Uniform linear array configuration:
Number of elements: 16
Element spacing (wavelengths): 0.25
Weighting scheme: exponential
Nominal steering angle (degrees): -15
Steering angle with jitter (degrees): -13.636
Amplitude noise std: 0.05
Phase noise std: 0.05

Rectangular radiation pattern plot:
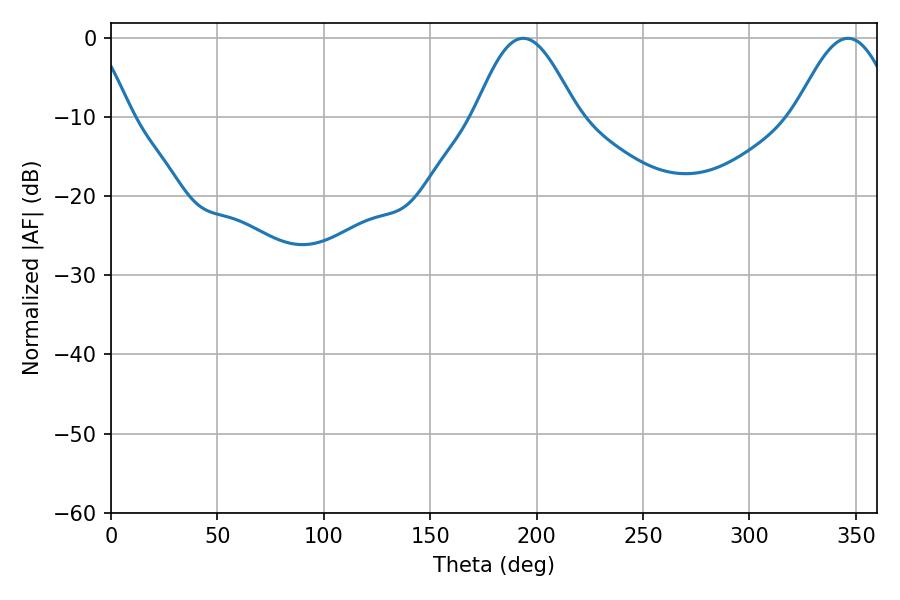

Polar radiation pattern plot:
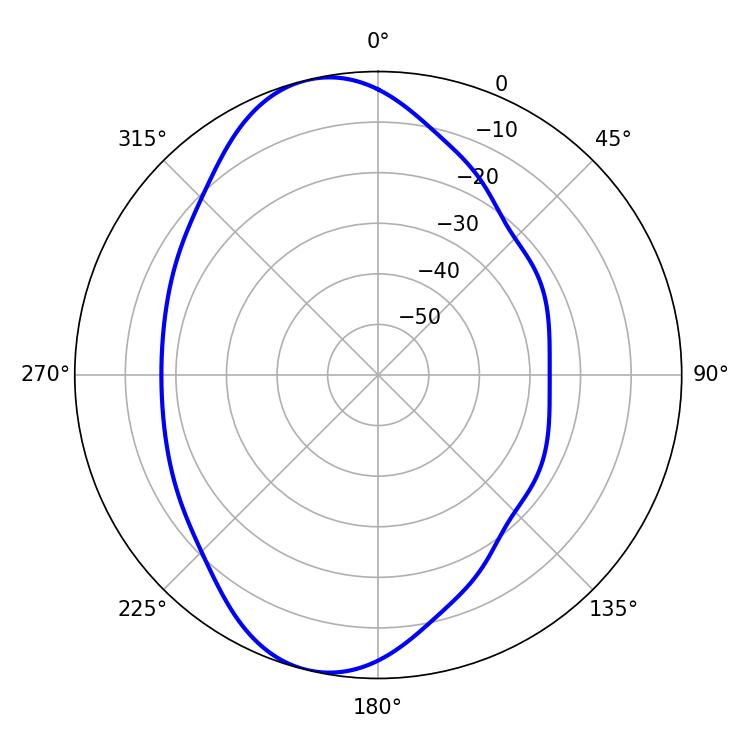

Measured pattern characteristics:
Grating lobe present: FALSE
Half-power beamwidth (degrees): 25.56
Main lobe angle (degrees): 193.68